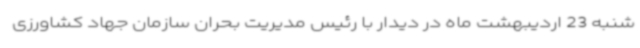
شنبه 23 اردیبهشت ماه در دیدار با رئیس مدیریت بحران سازمان جهاد کشاورزی